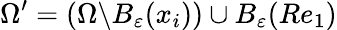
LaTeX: \Omega^{\prime}=(\Omega\backslash B_{\varepsilon}(x_{i}))\cup B_{\varepsilon}(Re_{1})